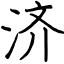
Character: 济